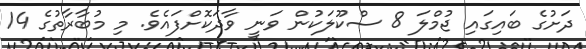
ދަށުގެ ބައިގައި ޖުމްލަ 8 ސްކޫލަކުން ވަނީ ވާދަކޮށްފައެވެ. މި މުބާރާތުގެ 14